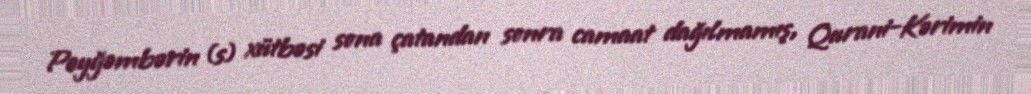
Peyğəmbərin (s) xütbəsi sona çatandan sonra camaat dağılmamış, Qurani-Kərimin